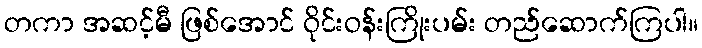
တကာ အဆင့်မီ ဖြစ်အောင် ဝိုင်းဝန်းကြိုးပမ်း တည်ဆောက်ကြပါ။